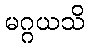
မဂ္ဂယသိ